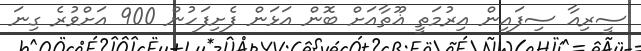
ސީރިއާ ސިފައިން އިރުމަތީ ޣޫތާއަށް ބޮން އަޅަން ފެށިފަހުން 900 އަށްވުރެ ގިނަ